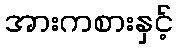
အားကစားနှင့်